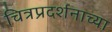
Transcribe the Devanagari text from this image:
चित्रप्रदर्शनाच्या